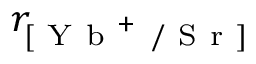
r _ { [ \mathrm { ~ Y ~ b ~ } ^ { + } \mathrm { ~ / ~ S ~ r ~ } ] }